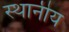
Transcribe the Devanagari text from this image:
स्थानीय